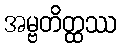
အမ္ဗတိတ္ထဿ